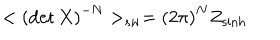
< \left( \det X \right) ^ { - N } > _ { s w } = \left( 2 \pi \right) ^ { N } Z _ { \sinh }